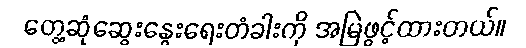
တွေ့ဆုံဆွေးနွေးရေးတံခါးကို အမြဲဖွင့်ထားတယ်။